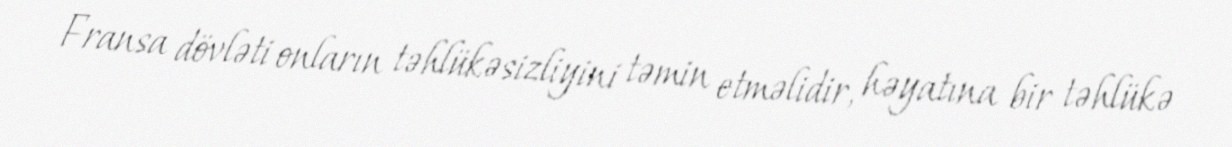
Fransa dövləti onların təhlükəsizliyini təmin etməlidir, həyatına bir təhlükə